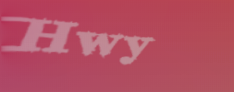
Hwy